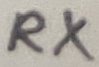
Text: RX